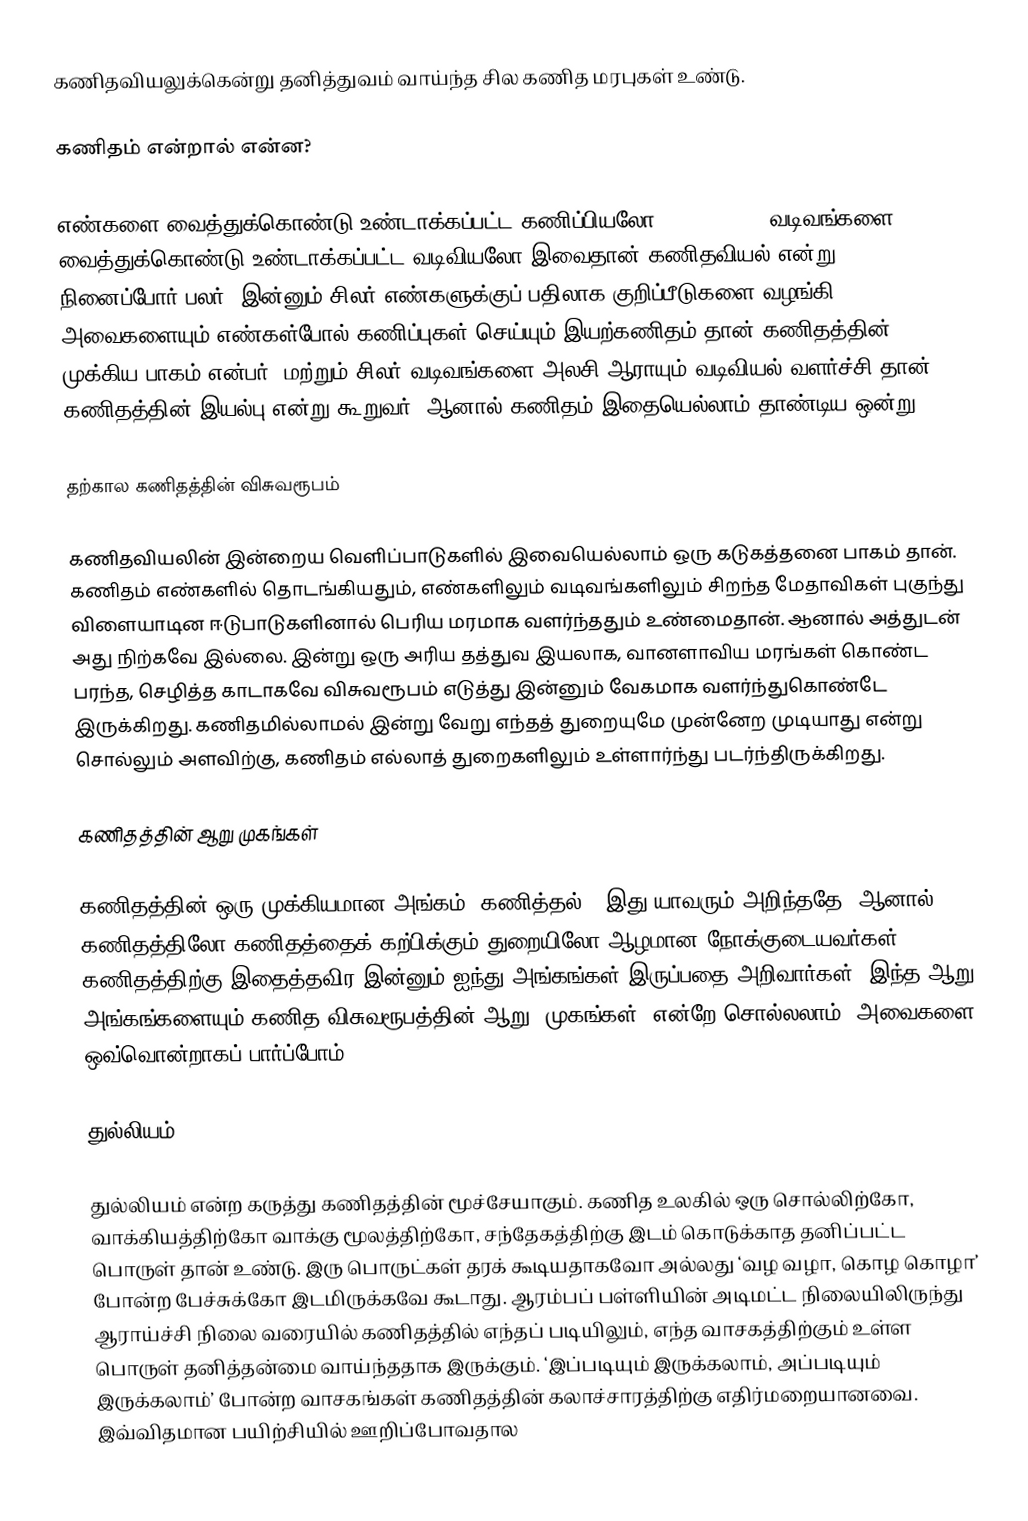
கணிதவியலுக்கென்று தனித்துவம் வாய்ந்த சில கணித மரபுகள் உண்டு.

கணிதம் என்றால் என்ன?

எண்களை வைத்துக்கொண்டு உண்டாக்கப்பட்ட கணிப்பியலோ (arithmetic)  வடிவங்களை வைத்துக்கொண்டு உண்டாக்கப்பட்ட வடிவியலோ இவைதான் கணிதவியல் என்று நினைப்போர் பலர். இன்னும் சிலர் எண்களுக்குப் பதிலாக குறிப்பீடுகளை வழங்கி அவைகளையும் எண்கள்போல் கணிப்புகள் செய்யும் இயற்கணிதம் தான் கணிதத்தின் முக்கிய பாகம் என்பர். மற்றும் சிலர் வடிவங்களை அலசி ஆராயும் வடிவியல் வளர்ச்சி தான் கணிதத்தின் இயல்பு என்று கூறுவர்.  ஆனால் கணிதம் இதையெல்லாம் தாண்டிய ஒன்று.

தற்கால கணிதத்தின் விசுவரூபம்

கணிதவியலின் இன்றைய வெளிப்பாடுகளில் இவையெல்லாம் ஒரு கடுகத்தனை பாகம் தான். கணிதம் எண்களில் தொடங்கியதும், எண்களிலும் வடிவங்களிலும் சிறந்த மேதாவிகள் புகுந்து விளையாடின ஈடுபாடுகளினால் பெரிய மரமாக வளர்ந்ததும் உண்மைதான். ஆனால் அத்துடன் அது நிற்கவே இல்லை. இன்று ஒரு அரிய தத்துவ இயலாக, வானளாவிய மரங்கள் கொண்ட பரந்த, செழித்த காடாகவே விசுவரூபம் எடுத்து இன்னும் வேகமாக வளர்ந்துகொண்டே இருக்கிறது. கணிதமில்லாமல் இன்று வேறு எந்தத் துறையுமே முன்னேற முடியாது என்று சொல்லும் அளவிற்கு, கணிதம் எல்லாத் துறைகளிலும் உள்ளார்ந்து படர்ந்திருக்கிறது.

கணிதத்தின் ஆறு முகங்கள்

கணிதத்தின் ஒரு முக்கியமான அங்கம் ‘கணித்தல்’.  இது யாவரும் அறிந்ததே. ஆனால் கணிதத்திலோ கணிதத்தைக் கற்பிக்கும் துறையிலோ ஆழமான நோக்குடையவர்கள் கணிதத்திற்கு இதைத்தவிர இன்னும் ஐந்து அங்கங்கள் இருப்பதை அறிவார்கள். இந்த ஆறு அங்கங்களையும் கணித விசுவரூபத்தின் ஆறு ‘முகங்கள்’ என்றே சொல்லலாம். அவைகளை ஒவ்வொன்றாகப் பார்ப்போம்.

துல்லியம் (Precision)

துல்லியம் என்ற கருத்து கணிதத்தின் மூச்சேயாகும். கணித உலகில் ஒரு சொல்லிற்கோ, வாக்கியத்திற்கோ வாக்கு மூலத்திற்கோ, சந்தேகத்திற்கு இடம் கொடுக்காத தனிப்பட்ட பொருள் தான் உண்டு. இரு பொருட்கள் தரக் கூடியதாகவோ அல்லது ‘வழ வழா, கொழ கொழா’ போன்ற பேச்சுக்கோ இடமிருக்கவே கூடாது. ஆரம்பப் பள்ளியின் அடிமட்ட நிலையிலிருந்து ஆராய்ச்சி நிலை வரையில் கணிதத்தில் எந்தப் படியிலும், எந்த வாசகத்திற்கும் உள்ள பொருள் தனித்தன்மை வாய்ந்ததாக இருக்கும்.  ‘இப்படியும் இருக்கலாம், அப்படியும் இருக்கலாம்’ போன்ற வாசகங்கள் கணிதத்தின் கலாச்சாரத்திற்கு எதிர்மறையானவை. இவ்விதமான பயிற்சியில் ஊறிப்போவதால